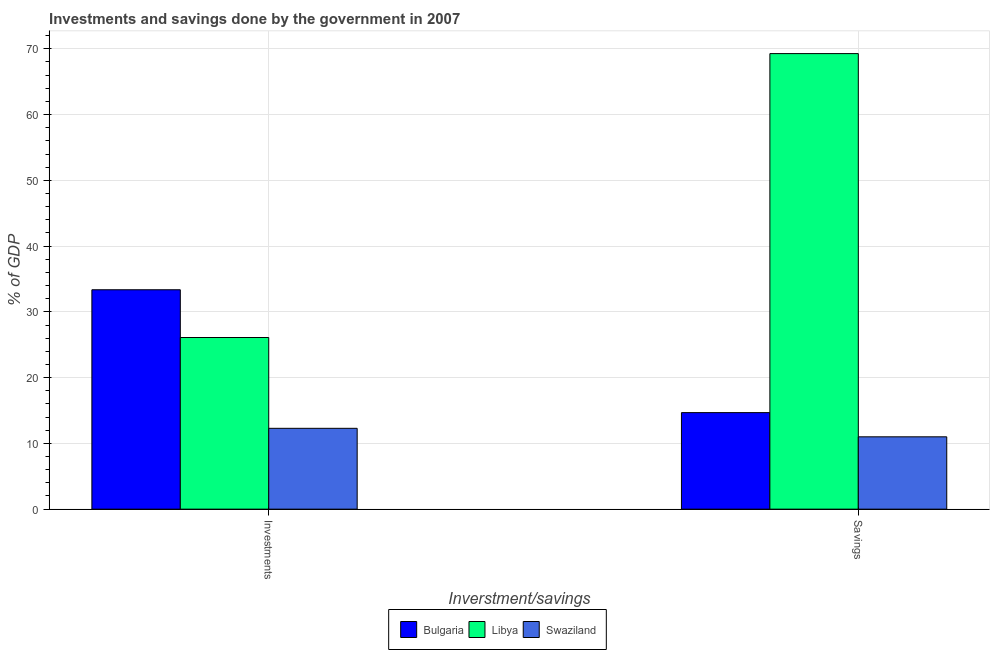
| Inverstment/savings | Bulgaria | Libya | Swaziland |
 | --- | --- | --- | --- |
 | Investments | 33.4 | 26.1 | 12.3 |
 | Savings | 14.7 | 69.3 | 11 |